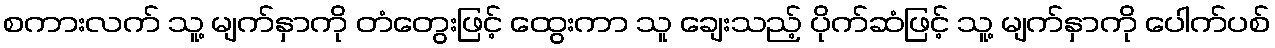
စကားလက် သူ့ မျက်နှာကို တံတွေးဖြင့် ထွေးကာ သူ ချေးသည့် ပိုက်ဆံဖြင့် သူ့ မျက်နှာကို ပေါက်ပစ်